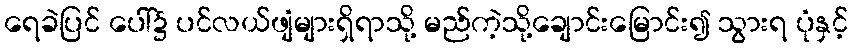
ရေခဲပြင် ပေါ်၌ ပင်လယ်ဖျံများရှိရာသို့ မည်ကဲ့သို့ချောင်းမြောင်း၍ သွားရ ပုံနှင့်